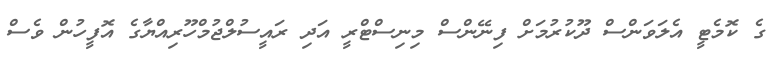
ގެ ކޮމެޓީ އެލަވަންސް ދޫކުރުމަށް ފިނޭންސް މިނިސްޓްރީ އަދި ރައީސުލްޖުމްހޫރިއްޔާގެ އޮފީހުން ވެސް